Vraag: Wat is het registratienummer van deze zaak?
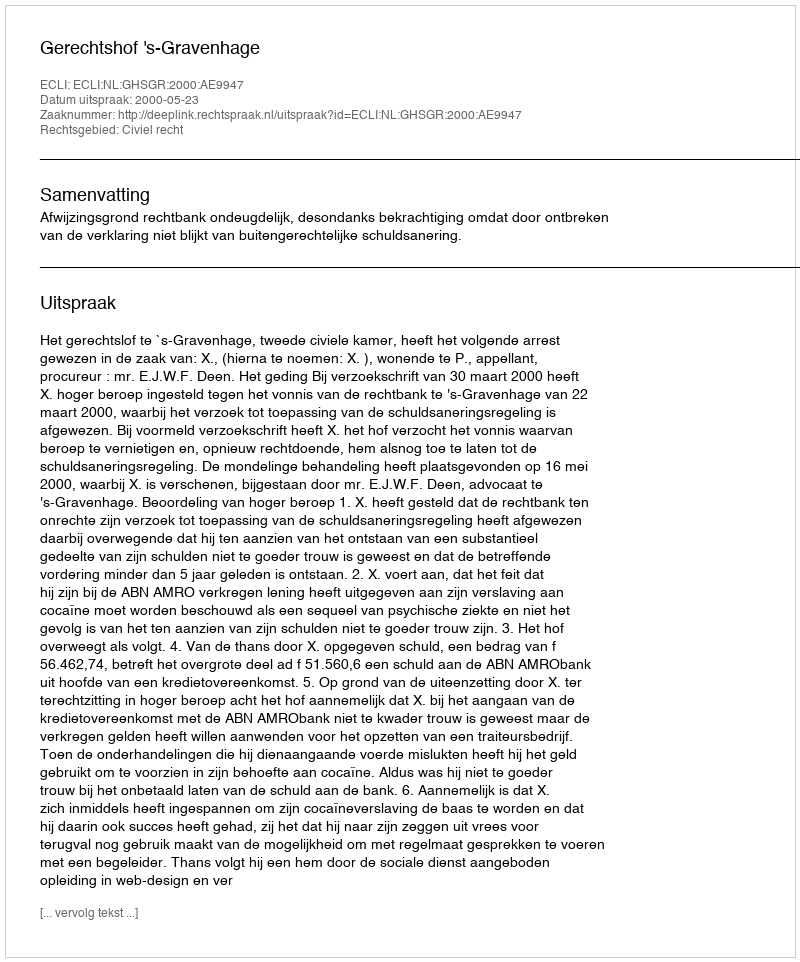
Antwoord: http://deeplink.rechtspraak.nl/uitspraak?id=ECLI:NL:GHSGR:2000:AE9947